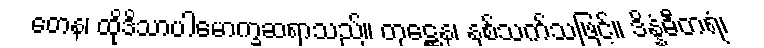
တေန၊ ထိုဒိသာပါမောက္ခဆရာသည်။ တုဋ္ဌေန၊ နှစ်သက်သဖြင့်။ ဒိန္နံဓီတရံ၊